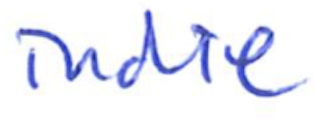
Text: indie
Cross-out: clean
Writing tool: ballpoint